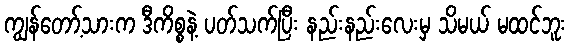
ကျွန်တော့်သားက ဒီကိစ္စနဲ့ ပတ်သက်ပြီး နည်းနည်းလေးမှ သိမယ် မထင်ဘူး